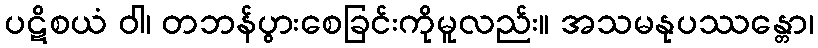
ပဋိစယံ ဝါ၊ တဘန်ပွားစေခြင်းကိုမူလည်း။ အသမနုပဿန္တော၊